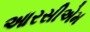
આરસીએમ